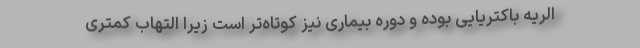
الریه باکتریایی بوده و دوره بیماری نیز کوتاه‌تر است زیرا التهاب کمتری